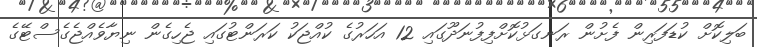
ބަލިކޮށް ކުޑަފަރިން ފެށުން ރަނގަޅުކޮށްފިފުނަދޫގައި 12 އަހަރުގެ ކުއްޖަކު ކަރަންޓުގައި ޖެހިގެން ނިޔާވެއްޖެގެސްޓޭގެ